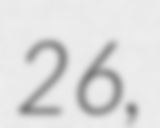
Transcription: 26,